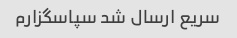
سریع ارسال شد سپاسگزارم